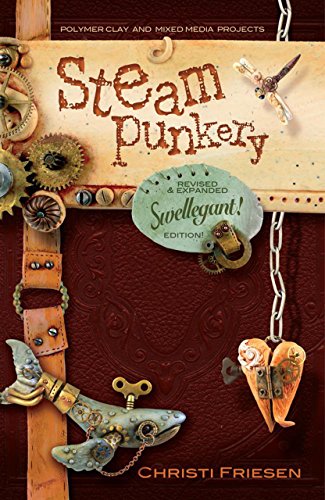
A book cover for Steampunkery: Revised and Updated Swellegant! Edition; Christi Friesen; Crafts, Hobbies & Home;